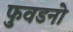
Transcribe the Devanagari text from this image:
फुवडनो